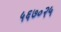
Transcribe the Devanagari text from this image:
५६७०२५